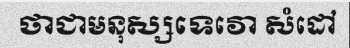
ថាជាមនុស្សទេវោ សំដៅ